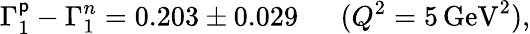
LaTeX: \Gamma_{1}^{\mathsf{p}}-\Gamma_{1}^{n}=0.203\pm0.029\ \ \ \ \ \ (Q^{2}=5\, \mathrm{{GeV}}^{2}),